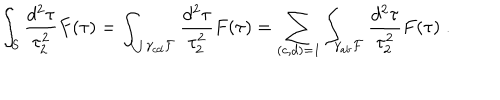
LaTeX: \int _ { S } \frac { d ^ { 2 } \tau } { \tau _ { 2 } ^ { 2 } } F ( \tau ) = \int _ { \bigcup \gamma _ { c d } { \cal F } } \frac { d ^ { 2 } \tau } { \tau _ { 2 } ^ { 2 } } F ( \tau ) = \sum _ { ( c , d ) = 1 } \int _ { \gamma _ { a b } { \cal F } } \frac { d ^ { 2 } \tau } { \tau _ { 2 } ^ { 2 } } F ( \tau ) \; .